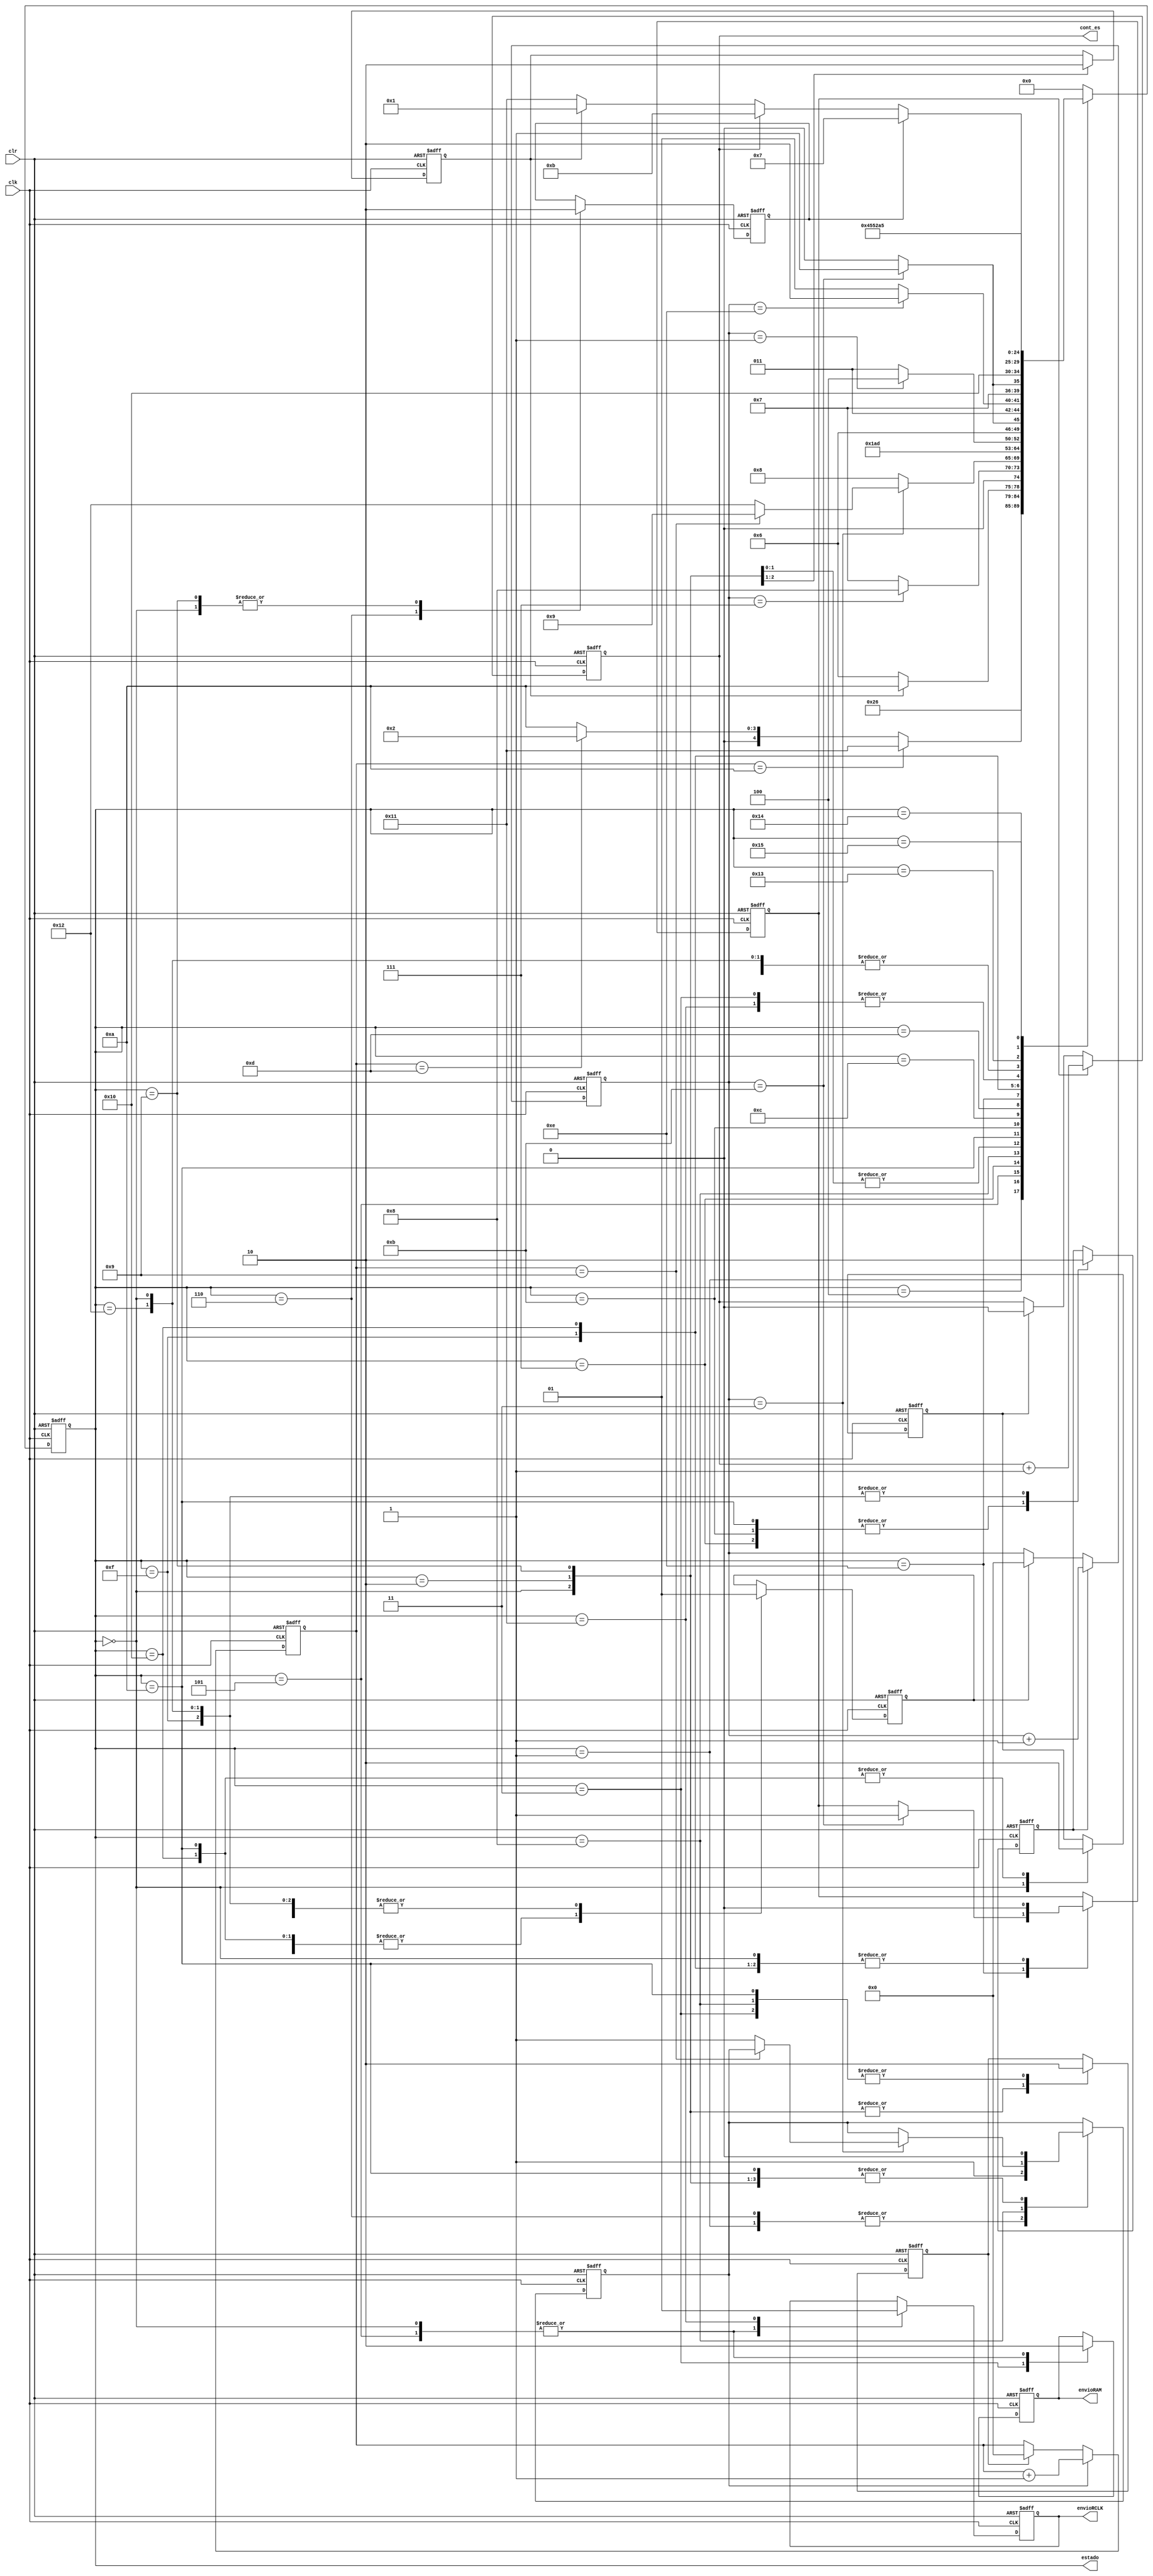
`timescale 1ns / 1ps
//////////////////////////////////////////////////////////////////////////////////
// Company: 
// Engineer: 
// 
// Design Name: 
// Module Name: FSM2
// Project Name: 
// Target Devices: 
// Tool Versions: 
// Description: 
// 
// Dependencies: 
// 
// Revision:
// Revision 0.01 - File Created
// Additional Comments:
// 
//////////////////////////////////////////////////////////////////////////////////


module FSM2(
    input clk,
    input clr,
    output reg envioRAM,
    output reg envioRCLK,
    output [4:0] estado,
    output reg cont_es
    );
    
  parameter S0=5'b00000, S1=5'b00001, S2=5'b00010, S3=5'b00011,
  S4=5'b00100, S5=5'b00101, S6=5'b00110, S7=5'b00111, S8=5'b01000,
  S9=5'b01001, S10=5'b01010, S11=5'b01011,S12=5'b01100,S13=5'b01101,
  S14=5'b01110,S15=5'b01111,S16=5'b10000,S17=5'b10001,S18=5'b10010,
  S19=5'b10011,S20=5'b10100,S21=5'b10101;
  
  reg [4:0] state, sig_state;
  reg sig_rst,rst,sig_rst_t,rst_t,sig_rst_es,rst_es,sig_en,en,sig_en_t,en_t,sig_en_es,en_es,ini,sig_ini,lect,sig_lect,sig_envioRAM,sig_envioRCLK;
  reg [3:0]cont_t;
  reg [3:0] cont;
  
  always @(posedge clk,posedge clr)
  begin
  if (clr)
  begin
    state <= S0;
    ini <= 0;
    lect <=0;
    envioRAM<=0;
    envioRCLK<=0;
    cont<=0;
    cont_t<=0;
    cont_es<=0;
    en<=0;
    en_t<=0;
    en_es<=0;
    rst<=0;
    rst_t<=0;
    rst_es<=0;
    
  end
  else
  begin
    state <= sig_state;
    ini <= sig_ini;
    lect <= sig_lect;
    envioRAM <= sig_envioRAM;
    envioRCLK <= sig_envioRCLK;
    en<=sig_en;
    en_t<=sig_en_t;
    en_es<=sig_en_es;
    rst<=sig_rst;
    rst_t<=sig_rst_t;
    rst_es<=sig_rst_es;
    if (rst)
         cont <= 0;
    if(rst_t)
         cont_t <= 0;
    if(rst_es)
         cont_es <= 0;
    if (en)
         cont <= cont+1;
    if(en_t)
         cont_t <= cont_t+1;
    if(en_es)
         cont_es <= cont_es+1;
     
  end
  end
  
  always @*
  begin
  case (state)
  //estados de inicializacin
  S0:begin
    sig_lect<=0;
    sig_envioRAM<=0;
    sig_envioRCLK<=0;
    sig_ini<=1;
    sig_en<=0;
    sig_en_t<=0;
    sig_en_es<=0;
    sig_rst_t<=1;
    sig_rst<=1;
    sig_rst_es<=1;
    sig_state<= S10;
    end
  S1:begin
    sig_lect<=lect;
    sig_envioRAM<=envioRAM;
    sig_envioRCLK<=envioRCLK;
    sig_ini<=ini;
    sig_rst<=rst;
    sig_rst_t<=rst_t;
    sig_rst_es<=rst_es;
    sig_en<=1;
    sig_en_t<=en_t;
    sig_en_es<=en_es;
    if (cont==10)
        sig_state<=S17;
    else if (cont==13)
        sig_state<=S2;
    else
        sig_state<=S10;
    end
   S2:begin
    sig_en<=0;
    sig_en_t<=en_t;
    sig_en_es<=en_es;
    sig_ini<=0;
    sig_lect<=lect;
    sig_envioRAM<=envioRAM;
    sig_envioRCLK<=envioRCLK;
    sig_rst<=1;
    sig_rst_t<=rst_t;
    sig_rst_es<=rst_es;
    sig_state<=S3;
    end
   //estados para enviar datos a RAM
   S3:begin
    sig_rst<=0;
    sig_rst_t<=rst_t;
    sig_rst_es<=rst_es;
    sig_en<=en;
    sig_en_t<=en_t;
    sig_en_es<=en_es;
    sig_envioRAM<=1;
    sig_lect<=lect;
    sig_envioRCLK<=envioRCLK;
    sig_ini<=ini;
    sig_state<=S4;
   end
   S4:begin
    sig_en<=0;
    sig_en_t<=en_t;
    sig_en_es<=en_es;
    sig_lect<=lect;
    sig_envioRAM<=envioRAM;
    sig_envioRCLK<=envioRCLK;
    sig_ini<=ini;
    sig_rst<=rst;
    sig_rst_t<=rst_t;
    sig_rst_es<=rst_es;
    sig_state<=S19;
   end
   S5:begin
    sig_envioRAM<=0;
    sig_envioRCLK<=0;
    sig_ini<=ini;
    sig_lect<=lect;
    sig_en<=en;
    sig_en_t<=en_t;
    sig_en_es<=en_es;
    sig_rst_t<=1;
    sig_rst<=rst;
    sig_rst_es<=rst_es;
    if (ini)
        sig_state<=S10;
    else
        sig_state<=S6;
   end
   //estados de lectura
   S6:begin
    sig_rst_t<=0;
    sig_rst_es<=rst_es;
    sig_rst<=rst;
    sig_lect<=1;
    sig_envioRAM<=envioRAM;
    sig_envioRCLK<=envioRCLK;
    sig_ini<=ini;
    sig_en_t<=en_t;
    sig_en_es<=en_es;
    sig_en<=1;
    sig_state<=S10;
   end
   S7:begin
    sig_en<=0;
    sig_en_t<=1;
    sig_en_es<=en_es;
    sig_lect<=lect;
    sig_envioRAM<=envioRAM;
    sig_envioRCLK<=envioRCLK;
    sig_ini<=ini;
    sig_rst<=rst;
    sig_rst_t<=rst_t;
    sig_rst_es<=rst_es;
    if(cont_t==7)
        sig_state<=S8;
    else
        sig_state<=S7;
   end
   S8:begin
    sig_rst<=0;
    sig_rst_t<=rst_t;
    sig_rst_es<=rst_es;
    sig_lect<=lect;
    sig_envioRAM<=envioRAM;
    sig_envioRCLK<=envioRCLK;
    sig_ini<=ini;
    sig_en<=en;
    sig_en_t<=en_t;
    sig_en_es<=en_es;
    if(cont_t==3)
    begin
        if(cont==9)
            sig_state<=S9;
        else
        begin
            sig_state<=S18;
            sig_en<=1;
        end
    end
   else
    sig_state<=S8;
   end
   S9:begin
   sig_rst<=1;
   sig_rst_t<=rst_t;
   sig_rst_es<=rst_es;
   sig_en<=0;
   sig_en_t<=en_t;
   sig_en_es<=en_es;
   sig_lect<=0;
   sig_envioRAM<=envioRAM;
   sig_envioRCLK<=envioRCLK;
   sig_ini<=ini;
   sig_state<=S3;
   end
   //estados escribir
   S10:begin
    sig_rst<=0;
    sig_rst_t<=0;
    sig_rst_es<=0;
    sig_lect<=lect;
    sig_envioRAM<=envioRAM;
    sig_envioRCLK<=envioRCLK;
    sig_ini<=ini;
    sig_en<=0;
    sig_en_t<=1;
    sig_en_es<=en_es;
    sig_state<=S11;
   end
   S11:begin
    sig_lect<=lect;
    sig_envioRAM<=envioRAM;
    sig_envioRCLK<=envioRCLK;
    sig_ini<=ini;
    sig_en<=en;
    sig_en_t<=1;
    sig_en_es<=en_es;
    sig_rst<=rst;
    sig_rst_t<=rst_t;
    sig_rst_es<=rst_es;
    if (cont_t==1) 
        sig_state<=S12;
    else
        sig_state<=S11;
   end
   S12:begin
   sig_lect<=lect;
   sig_envioRAM<=envioRAM;
   sig_envioRCLK<=envioRCLK;
   sig_ini<=ini;
   sig_en<=en;
   sig_en_t<=en_t;
   sig_en_es<=en_es;
   sig_rst<=rst;
   sig_rst_t<=rst_t;
   sig_rst_es<=rst_es;
    if (cont_t==11)
        sig_state<=S13;
    else
        sig_state<=S12;
    end
   S13:begin
   sig_lect<=lect;
   sig_envioRAM<=envioRAM;
   sig_envioRCLK<=envioRCLK;
   sig_ini<=ini;
   sig_en<=en;
   sig_en_t<=en_t;
   sig_en_es<=en_es;
   sig_rst<=rst;
   sig_rst_t<=rst_t;
   sig_rst_es<=rst_es;;
    if(cont_t==14)
        sig_state<=S14;
    else
        sig_state<=S13;
   end
   S14:begin
   sig_lect<=lect;
   sig_envioRAM<=envioRAM;
   sig_envioRCLK<=envioRCLK;
   sig_ini<=ini;
   sig_en<=en;
   sig_en_t<=en_t;
   sig_en_es<=en_es;
   sig_rst<=rst;
   sig_rst_t<=rst_t;
   sig_rst_es<=rst_es;
    if(cont_t==11)
    begin
        sig_en_es<=1;
        sig_state<=S15;
    end
    else
        sig_state<=S14;
   end
   S15:begin
   sig_lect<=lect;
   sig_envioRAM<=envioRAM;
   sig_envioRCLK<=envioRCLK;
   sig_ini<=ini;
    sig_en<=en;
    sig_en_es<=0;
    sig_en_t<=0;
    sig_rst_t<=1;
    sig_rst<=rst;
    sig_rst_es<=rst_es;
    sig_state<=S16;
   end
   S16:begin
   sig_lect<=lect;
   sig_envioRAM<=envioRAM;
   sig_envioRCLK<=envioRCLK;
   sig_ini<=ini;
   sig_en<=en;
   sig_en_t<=en_t;
   sig_rst_t<=0;
   sig_rst<=rst;
   sig_en_es<=0;
   sig_rst_es<=0;
    if (lect==1)
        sig_state<=S7;
    else if (cont_es==1)
        sig_state<=S11;
    else if (ini)
        sig_state<=S1;
    else
        sig_state<=S17;
    end
    
    //estado para enviar a reserved clk
    S17:begin
       sig_en<=0;
       sig_en_t<=en_t;
       sig_en_es<=en_es;
       sig_lect<=lect;
       sig_envioRAM<=envioRAM; 
       sig_envioRCLK<=1;
       sig_ini<=ini;
       sig_rst<=rst;
       sig_rst_t<=rst_t;
       sig_rst_es<=rst_es;
       sig_state<=S4;
      end
    //estado de espera
    S18:begin
    sig_lect<=lect;
    sig_envioRAM<=envioRAM;
    sig_envioRCLK<=envioRCLK;
    sig_ini<=ini;
    sig_en<=0;
    sig_en_t<=0;
    sig_en_es<=en_es;
    sig_state<=10;
    sig_rst<=rst;
    sig_rst_t<=1;
    sig_rst_es<=rst_es;
    end
    //estados agregados a envios
    S19:begin
       sig_state<=S20;
       sig_lect<=lect;
       sig_envioRAM<=envioRAM;
       sig_envioRCLK<=envioRCLK;
       sig_ini<=ini;
       sig_en<=en;
       sig_en_t<=en_t;
       sig_en_es<=en_es;
       sig_rst<=rst;
       sig_rst_t<=rst_t;
       sig_rst_es<=rst_es;
     end
     S20:begin
     sig_state<=S21;
     sig_lect<=lect;
     sig_envioRAM<=envioRAM;
     sig_envioRCLK<=envioRCLK;
     sig_ini<=ini;
     sig_en<=en;
     sig_en_t<=en_t;
     sig_en_es<=en_es;
     sig_rst<=rst;
     sig_rst_t<=rst_t;
     sig_rst_es<=rst_es;
     end
     S21:begin
     sig_state<=S5;
     sig_lect<=lect;
     sig_envioRAM<=envioRAM;
     sig_envioRCLK<=envioRCLK;
     sig_ini<=ini;
     sig_en<=en;
     sig_en_t<=en_t;
     sig_en_es<=en_es;
     sig_rst<=rst;
     sig_rst_t<=rst_t;
     sig_rst_es<=rst_es;
     end
    default:begin
    sig_state<=S0;
    sig_lect<=lect;
    sig_envioRAM<=envioRAM;
    sig_envioRCLK<=envioRCLK;
    sig_ini<=ini;
    sig_en<=en;
    sig_en_t<=en_t;
    sig_en_es<=en_es;
    sig_rst<=rst;
    sig_rst_t<=rst_t;
    sig_rst_es<=rst_es;
    end
    endcase
    end 
    
  assign estado=state;
       
endmodule